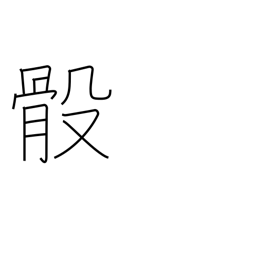
Meaning: bones